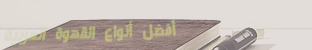
أفضل أنواع القهوة العربية